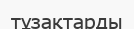
тұзақтарды